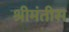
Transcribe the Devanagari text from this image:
श्रीमंतीस